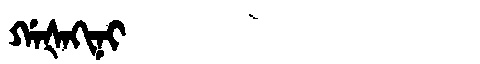
Manchu: ᡤᠠᡧᠠᡴᡳᠨᡳ
Romanization: GAŠAKINI